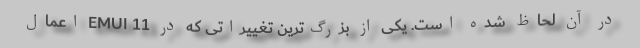
در آن لحاظ شده است. یکی از بزرگ‌ترین تغییراتی که در EMUI 11 اعمال